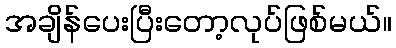
အချိန်ပေးပြီးတော့လုပ်ဖြစ်မယ်။